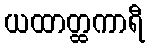
ယထာတ္ထကာရီ